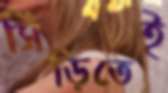
সিঁড়িতেই